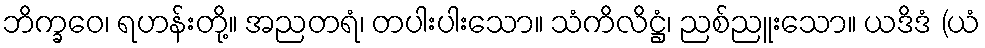
ဘိက္ခဝေ၊ ရဟန်းတို့။ အညတရံ၊ တပါးပါးသော။ သံကိလိဋ္ဌံ၊ ညစ်ညူးသော။ ယဒိဒံ (ယံ